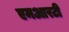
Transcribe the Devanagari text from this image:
एमआरटी